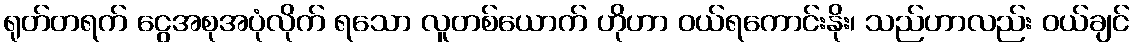
ရုတ်တရက် ငွေအစုအပုံလိုက် ရသော လူတစ်ယောက် ဟိုဟာ ဝယ်ရကောင်းနိုး၊ သည်ဟာလည်း ဝယ်ချင်